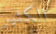
الكثير